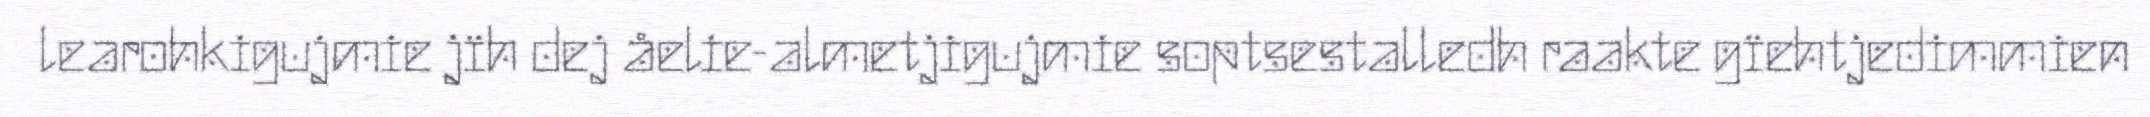
learohkigujmie jïh dej åelie-almetjigujmie soptsestalledh raakte gïehtjedimmien